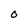
Character: O